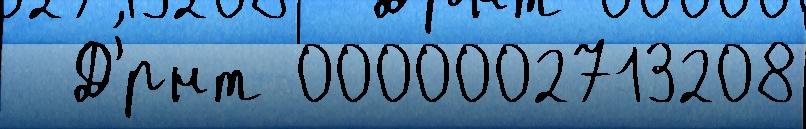
  Д'́рнт 0000002713208